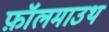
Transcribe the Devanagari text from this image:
फ़ॉलमाउथ